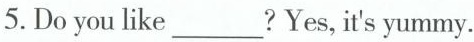
5.Do you like___?Yes,it's yummy.